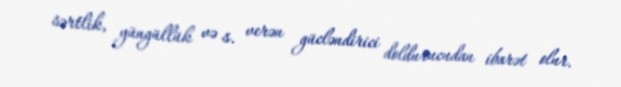
sərtlik, yüngüllük və s. verən gücləndirici doldurucudan ibarət olur.